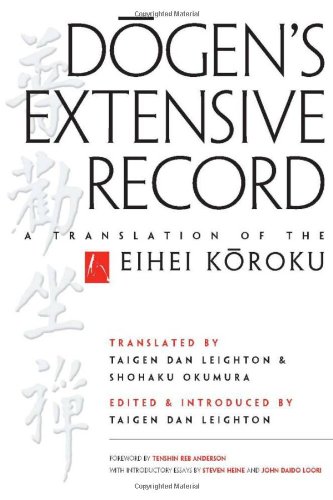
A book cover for Dogen's Extensive Record: A Translation of the Eihei Koroku; Eihei Dogen; Religion & Spirituality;